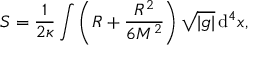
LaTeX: S = { \frac { 1 } { 2 \kappa } } \int \left( R + { \frac { R ^ { 2 } } { 6 M ^ { 2 } } } \right) { \sqrt { \vert g \vert } } \, \mathrm { d } ^ { 4 } x ,